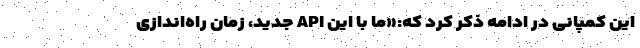
این کمپانی در ادامه ذکر کرد که:«ما با این API جدید، زمان راه‌اندازی